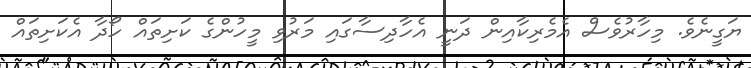
ޔަގީނެވެ. މިހާރުވެސް އެމެރިކާއިން ދަނީ އެހާދިސާގައި މަރުވި މީހުންގެ ކަށިތައް ހޯދާ އެކަށިތައް